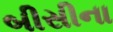
બીસીના